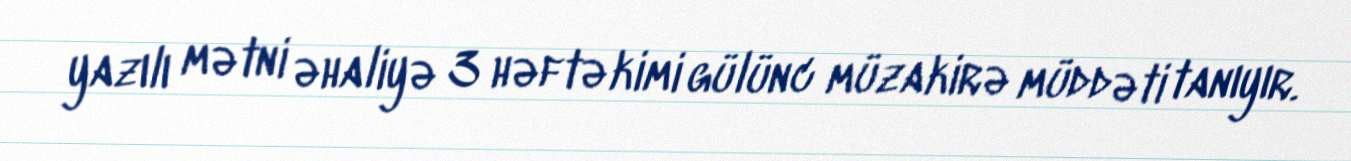
yazılı mətni əhaliyə 3 həftə kimi gülünc müzakirə müddəti tanıyır.